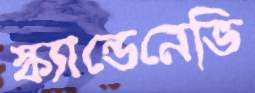
স্ক্যান্ডেনেভি